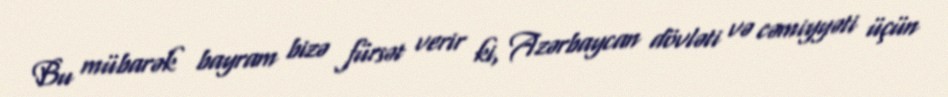
Bu mübarək bayram bizə fürsət verir ki, Azərbaycan dövləti və cəmiyyəti üçün